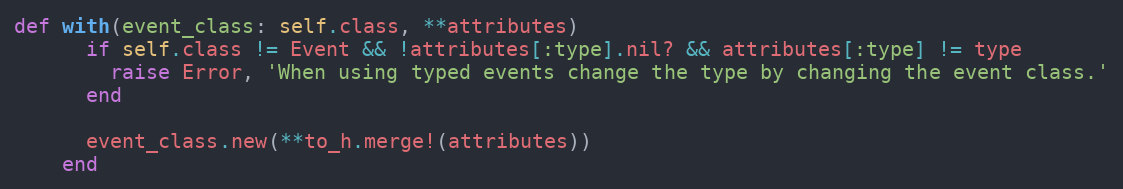
Language: Ruby
def with(event_class: self.class, **attributes)
      if self.class != Event && !attributes[:type].nil? && attributes[:type] != type
        raise Error, 'When using typed events change the type by changing the event class.'
      end

      event_class.new(**to_h.merge!(attributes))
    end